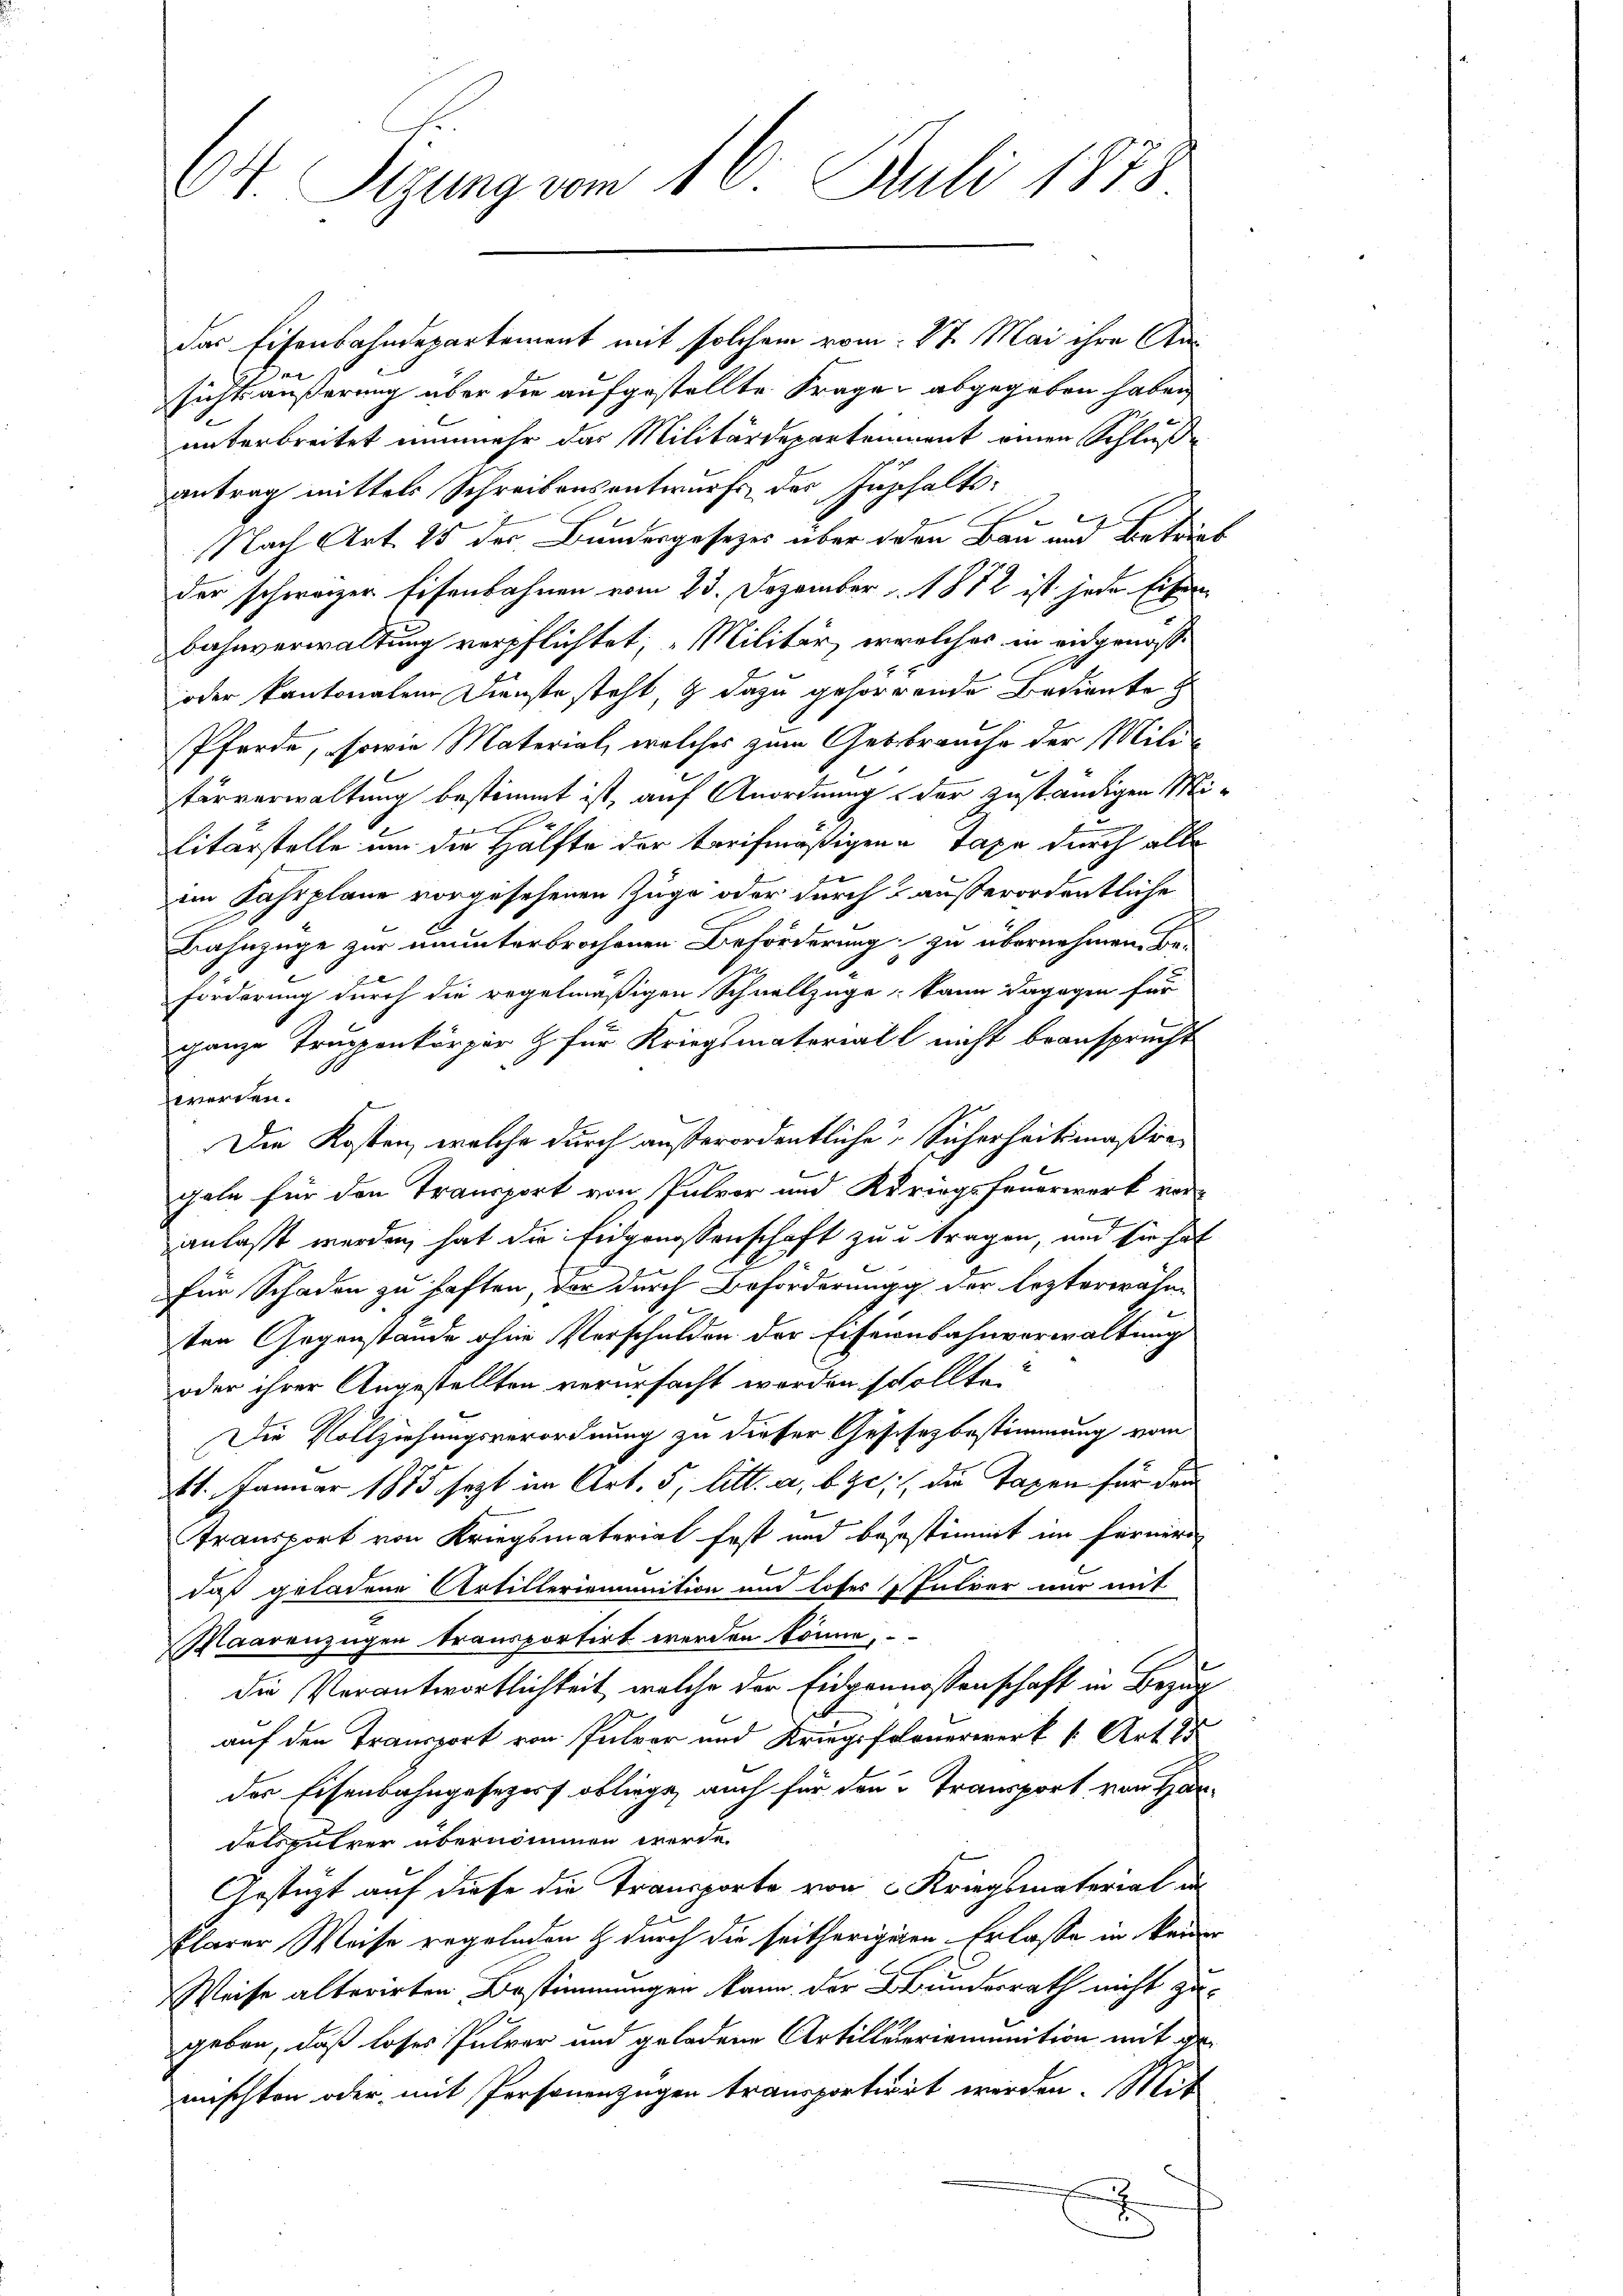
CV. Sizung vom 16. Juli 1878

Das Eisenbahndepartement mit solchem vom 27. Mai ihre Ansichtsäußerung über die aufgestellte Frage abgegeben haben,
unterbreitet nunmehr das Militärdepartement einen Schluße
antrag mittels Schreibensentwurfs der Zuschaltse
Nach Art. 25 des Bundesgesetzes über den Bau und Betrieb
der schweizer Eisenbahnen vom 23. Dezember 1882 ist jede Eisen
Bahnverwaltung verpflichtet; „Militär, erwelches in eidgenosse
oder kantonalem Dienste steht, & dazu gehörende Bediente
Pferde, sowie Material, welches zum Gebrauche der Miter
tärverwaltung bestimmt ist, auf Anordnung der zuständigen Mi¬
.
litärstelle um die Hälfte der tarifmäßigen Tage durch alle
im Fahrplane vorgesehenen Zuge oder durch 5 außerordentliche
Bahnzüge zur ununterbrochenen Beförderung zu übernehmen. Be-
Förderung durch die regelmäßigen Schnellzüge: kann dagegen für
ganze Truppenkörper & für Kriegsmaterial nicht beansprucht
werden.
Die Kosten, welche durch außerordentliche Sicherheitsmäßiageln für den Transport von Pulver und Kuriegsfeuerwerk vere
anlaßt werden, hat die Eidgenossenschaft zu u. tragen, und sie hat
für Schaden zu haften der durch Beförderung der lezterwähn
ten Gegenstände ohne Verschulden der Eifeienbahnverwaltung
oder ihrer Angestellten verursacht worden schollte.
Die Vollziehungsverordnung zu dieser Geschez bestimmung vom
11. Januar 1885 sagt im Art. 5, litt. a, b, die Taxen für den
transport von Kriegsmaterial fest und besestimirt im Fernere
daß geladene Artilleriemunition und Loses Intrer nur mit
Maarenzügen transportirt werden könne,
die Verantwortlichkeit, welche der Eidgenossenschaft in Bezug
auf den Transport von Pulver und Kriegsfolenerwerk s. Art. 25
der Eisenbahngesezers obliege, auch für den Transport von Han
delsputrer übernommen werde.
Gestüzt auf diese die Transporte von Kriegsmaterial un
klarer Weise regelnden & durch die seitherigeren Erlasse in keiner
Weise alterirten Bestimmungen kann der Bundesrath nicht zu
geben, daß loses Pulver und geladene Artilletriemunition mit de
mischten oder mit Personenzügen transportiert werden. Mit
x